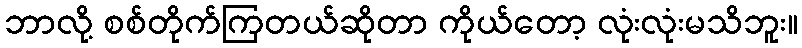
ဘာလို့ စစ်တိုက်ကြတယ်ဆိုတာ ကိုယ်တော့ လုံးလုံးမသိဘူး။